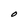
Character: O